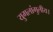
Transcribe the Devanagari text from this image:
युगलांगुलीय।